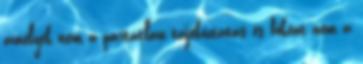
amelyek nem a pártatlan tájékoztatás és főként nem a